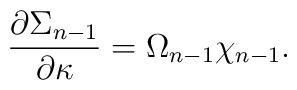
{\partial \Sigma_{n-1}\over \partial \kappa}=\Omega_{n-1}\chi_{n-1}.